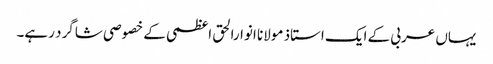
یہاں عربی کے ایک استاذ مولانا انوارالحق اعظمی کے خصوصی شاگرد رہے۔